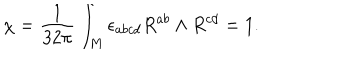
\chi = \frac { 1 } { 3 2 \pi } \int _ { M } \epsilon _ { a b c d } R ^ { a b } \land R ^ { c d } = 1 .